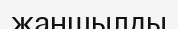
жаншылды